Indian Medical Review
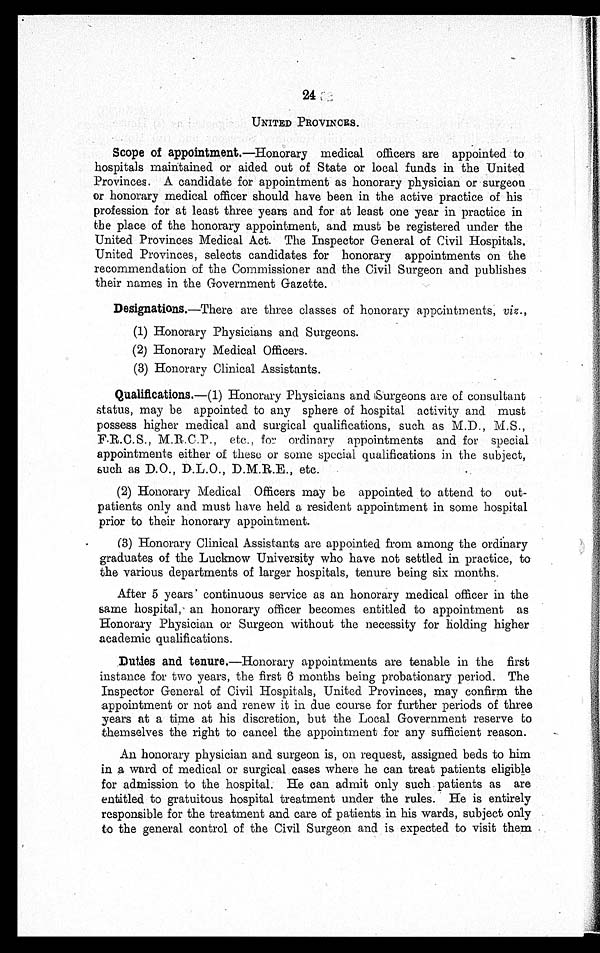
24
UNITED PROVINCES.
Scope of appointment .—Honorary medical officers are appointed to
hospitals maintained or aided out of State or local funds in the United
Provinces. A candidate for appointment as honorary physician or surgeon
or honorary medical officer should have been in the active practice of his
profession for at least three years and for at least one year in practice in
the place of the honorary appointment, and must be registered under the
United Provinces Medical Act. The Inspector General of Civil Hospitals.
United Provinces, selects candidates for honorary appointments on the
recommendation of the Commissioner and the Civil Surgeon and publishes
their names in the Government Gazette.
Designations.—There are three classes of honorary appointments, viz.,
(1) Honorary Physicians and Surgeons.
(2) Honorary Medical Officers.
(3) Honorary Clinical Assistants.
Qualifications. —(1) Honorary Physicians and Surgeons are of consultant
status, may be appointed to any sphere of hospital activity and must
possess higher medical and surgical qualifications, such as M.D., M.S.,
F.R.C.S., M.R.C.P., etc., for ordinary appointments and for special
appointments either of these or some special qualifications in the subject,
such as D.O., D.L.O., D.M.R.E., etc.
(2) Honorary Medical Officers may be appointed to attend to out
-
patients only and must have held a resident appointment in some hospital
prior to their honorary appointment.
(3) Honorary Clinical Assistants are appointed from among the ordinary
graduates of the Lucknow University who have not settled in practice, to
the various departments of larger hospitals, tenure being six months.
After 5 years continuous service as an honorary medical officer in the
same hospital, an honorary officer becomes entitled to appointment as
Honorary Physician or Surgeon without the necessity for holding higher
academic qualifications.
Duties and tenure .—Honorary appointments are tenable in the first
instance for two years, the first 6 months being probationary period. The
Inspector General of Civil Hospitals, United Provinces, may confirm the
appointment or not and renew it in due course for further periods of three
years at a time at his discretion, but the Local Government reserve to
themselves the right to cancel the appointment for any sufficient reason.
An honorary physician and surgeon is, on request, assigned beds to him
in a ward of medical or surgical cases where he can treat patients eligible
for admission to the hospital. He can admit only such patients as are
entitled to gratuitous hospital treatment under the rules. He is entirely
responsible for the treatment and care of patients in his wards, subject only
to the general control of the Civil Surgeon and is expected to visit them